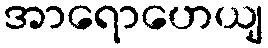
အာရောဟေယျ